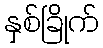
နှစ်ခြိုက်